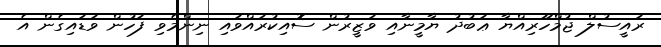
ރައީސުލް ޖުމްހޫރިއްޔާ ޢަބުދު ޔާމީނާއި ވަޒީރުން ސޮއިކުރައްވައި ނިންމެވި ފަހުން ވަޑައިގެން އެ